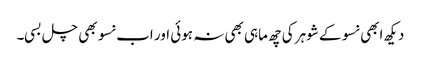
دیکھ ابھی نسو کے شوہر کی چھ ماہی بھی نہ ہوئی اور اب نسو بھی چل بسی۔